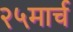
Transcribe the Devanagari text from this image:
२५मार्च